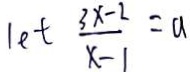
1 e t \frac { 3 x - 2 } { x - 1 } = a